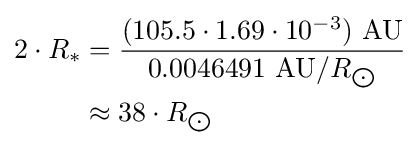
{\begin{aligned}2\cdot R_{*}&={\frac {(105.5\cdot 1.69\cdot 10^{-3})\ {\text{AU}}}{0.0046491\ {\text{AU}}/R_{\bigodot }}}\\&\approx 38\cdot R_{\bigodot }\end{aligned}}